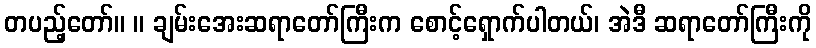
တပည့်တော်။ ။ ချမ်းအေးဆရာတော်ကြီးက စောင့်ရှောက်ပါတယ်၊ အဲဒီ ဆရာတော်ကြီးကို